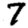
Digit: 7